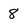
Character: 8